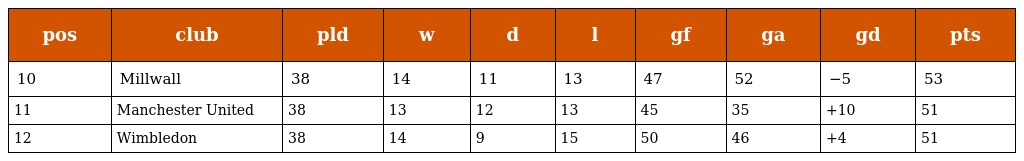
| pos | club | pld | w | d | l | gf | ga | gd | pts |
 | --- | --- | --- | --- | --- | --- | --- | --- | --- | --- |
 | 10 | Millwall | 38 | 14 | 11 | 13 | 47 | 52 | −5 | 53 |
 | 11 | Manchester United | 38 | 13 | 12 | 13 | 45 | 35 | +10 | 51 |
 | 12 | Wimbledon | 38 | 14 | 9 | 15 | 50 | 46 | +4 | 51 |